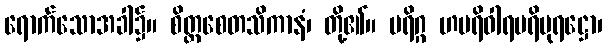
ရောက်သောအခါ၌။ စိတ္တစေတသိကာနံ၊ တို့၏။ ပရိဂ္ဂ ဟပရိဝါရပရိပုရဋ္ဌော၊